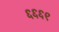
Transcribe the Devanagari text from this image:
६६६९